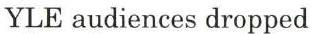
YLE audiences dropped